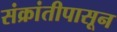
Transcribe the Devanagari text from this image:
संक्रांतीपासून